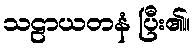
သဠာယတနံ ပြီး၏။